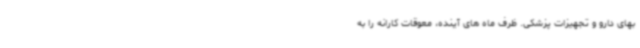
بهای دارو و تجهیزات پزشکی. ظرف ماه های آینده، معوقات کارانه را به